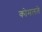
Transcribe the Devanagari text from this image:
कोमलते